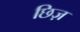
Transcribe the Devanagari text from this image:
छिज़